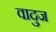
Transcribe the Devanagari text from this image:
वादुज